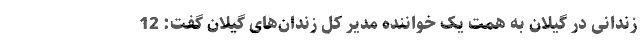
زندانی در گیلان به همت یک خواننده مدیر کل زندان‌های گیلان گفت: 12